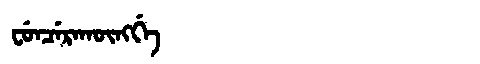
Manchu: ᠸᡠᠨᠴᡝᡵᠠᡴᡡᠩᡤᡝ
Romanization: FUNCERAKŪNGGE